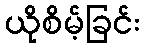
ယိုစိမ့်ခြင်း